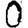
Digit: 0